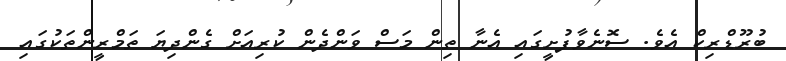
ބުރޫޑްރިކް އެވެ. ސޮނެވާފުށީގައި އެނާ ތިން މަސް ވަންދެން ކުރިއަށް ގެންދިޔަ ތަމްރީންތަކުގައި